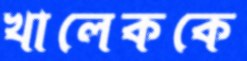
খালেককে